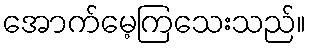
အောက်မေ့ကြသေးသည်။